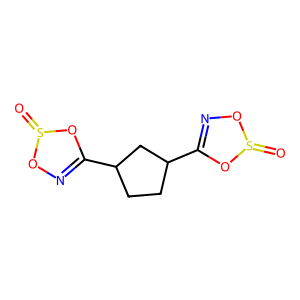
SMILES: O=S1ON=C(C2CCC(C3=NOS(=O)O3)C2)O1
Inhibits HIV replication: No